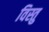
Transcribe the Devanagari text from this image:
विस्तु